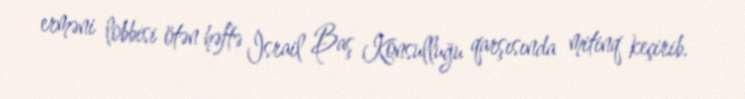
erməni lobbisi ötən həftə İsrail Baş Konsulluğu qarşısında mitinq keçirib.